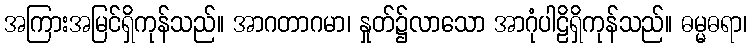
အကြားအမြင်ရှိကုန်သည်။ အာဂတာဂမာ၊ နှုတ်၌လာသော အာဂုံပါဠိရှိကုန်သည်။ ဓမ္မဓရာ၊